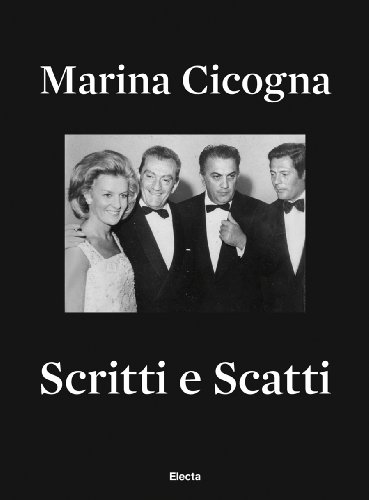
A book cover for Marina Cicogna: Scritti e Scatti; Marina Cicogna; Arts & Photography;